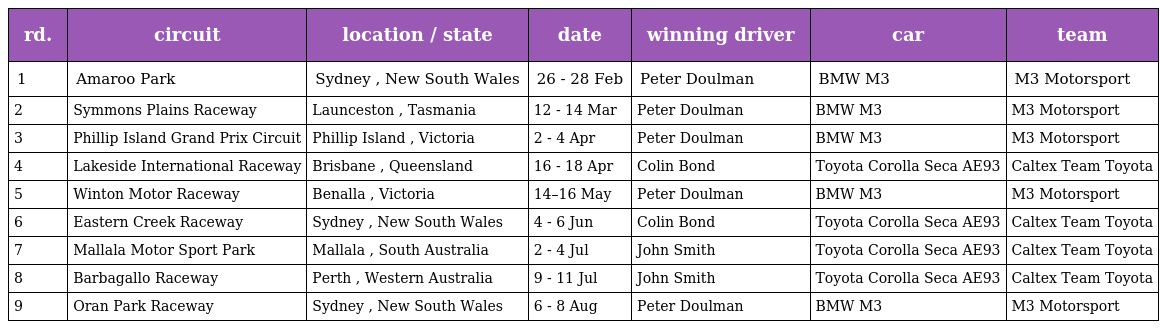
| rd. | circuit | location / state | date | winning driver | car | team |
 | --- | --- | --- | --- | --- | --- | --- |
 | 1 | Amaroo Park | Sydney , New South Wales | 26 - 28 Feb | Peter Doulman | BMW M3 | M3 Motorsport |
 | 2 | Symmons Plains Raceway | Launceston , Tasmania | 12 - 14 Mar | Peter Doulman | BMW M3 | M3 Motorsport |
 | 3 | Phillip Island Grand Prix Circuit | Phillip Island , Victoria | 2 - 4 Apr | Peter Doulman | BMW M3 | M3 Motorsport |
 | 4 | Lakeside International Raceway | Brisbane , Queensland | 16 - 18 Apr | Colin Bond | Toyota Corolla Seca AE93 | Caltex Team Toyota |
 | 5 | Winton Motor Raceway | Benalla , Victoria | 14–16 May | Peter Doulman | BMW M3 | M3 Motorsport |
 | 6 | Eastern Creek Raceway | Sydney , New South Wales | 4 - 6 Jun | Colin Bond | Toyota Corolla Seca AE93 | Caltex Team Toyota |
 | 7 | Mallala Motor Sport Park | Mallala , South Australia | 2 - 4 Jul | John Smith | Toyota Corolla Seca AE93 | Caltex Team Toyota |
 | 8 | Barbagallo Raceway | Perth , Western Australia | 9 - 11 Jul | John Smith | Toyota Corolla Seca AE93 | Caltex Team Toyota |
 | 9 | Oran Park Raceway | Sydney , New South Wales | 6 - 8 Aug | Peter Doulman | BMW M3 | M3 Motorsport |